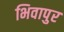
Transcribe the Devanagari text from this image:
भिवापुर